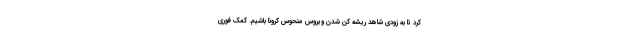
کرد تا به زودی شاهد ریشه کن شدن ویروس منحوس کرونا باشیم. کمک فوری